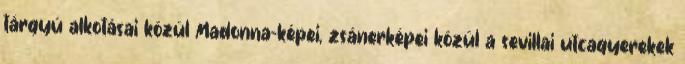
tárgyú alkotásai közül Madonna-képei, zsánerképei közül a sevillai utcagyerekek